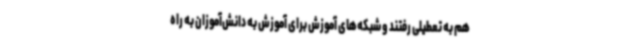
هم به تعطیلی رفتند و شبکه‌های آموزش برای آموزش به دانش‌آموزان به راه